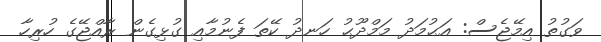
ވަގުތު އިމޭޖެސް: އަޙުމަދު މަމްދޫޙު ހަނދު ކޭތަ ފެނުމާއި ގުޅިގެން ރާއްޖޭގެ ހުރިހާ